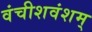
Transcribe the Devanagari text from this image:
वंचीशवंशम्